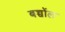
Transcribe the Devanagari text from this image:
बच्चोंल